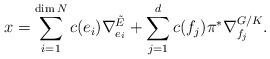
LaTeX: \begin{align*}x=\sum_{i=1}^{\dim N}c(e_i)\nabla^{\tilde E}_{e_i}+\sum_{j=1}^{d}c(f_j)\pi^*\nabla^{G/K}_{f_j}.\end{align*}